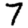
Digit: 7